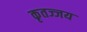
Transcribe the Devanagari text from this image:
कृतज्जय